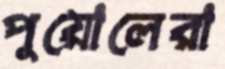
পুয়োলেরা